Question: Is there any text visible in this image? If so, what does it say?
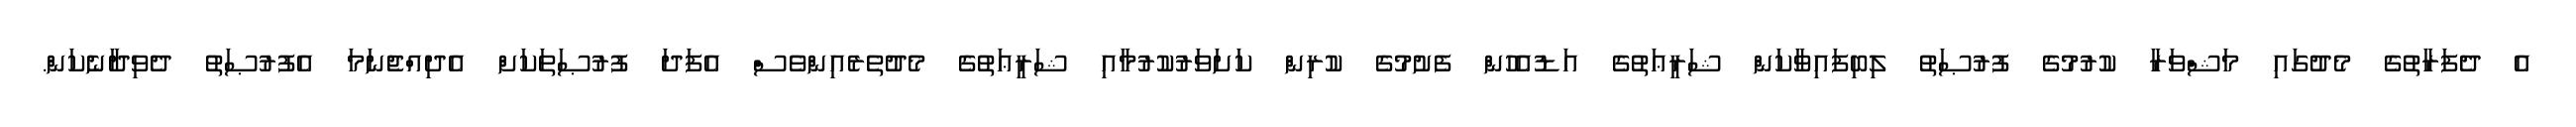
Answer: އެ ދެފަރާތުގެ މެދުގައި މަޝްވަރާ ކުރުމުގެ ފުރުޞަތު ލިބިފައިވާކަން ޝަރީޢަތުގެ އަޑުއެހުން ފެށުމުގެ ކުރިން ކަށަވަރުކުރުމާއި ޝަރީޢަތުގެ މެދުތެރެއިންވެސް އެފަދަ ފުރުޞަތަކަށް އެދިއްޖެނަމަ އެފުރުޞަތު ދެވިދާނެކަން.